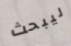
ليبحث